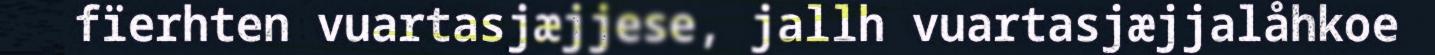
fïerhten vuartasjæjjese, jallh vuartasjæjjalåhkoe